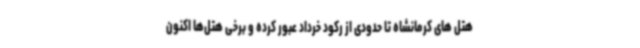
هتل های کرمانشاه تا حدودی از رکود خرداد عبور کرده و برخی هتل‌ها اکنون